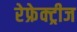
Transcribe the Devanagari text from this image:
रेफ्रेक्ट्रीज